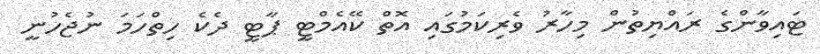
ޓައިވާންގެ ރައްޔިތުން މިހާރު ވެރިކަމުގައި އޮތް ކޭއެމްޓީ ޕާޓީ ދެކެ ހިތްހަމަ ނުޖެހުނީ